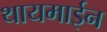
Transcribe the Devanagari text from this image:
थायमाईन